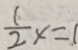
\frac { 1 } { 2 } x = 1